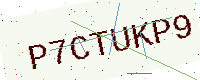
Text: P7CTUKP9